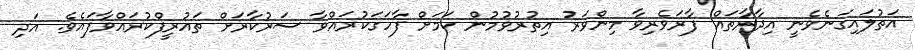
އަތުލައިގަނެވެނީ އިދާރާތައް ފާރަވެރިވާ މިންވަރު އިތުރުވުމުން ކަމަށް ފާހަގަކުރައްވާ ސަރުކާރަށް ތައުރީފްކުރައްވާފައެވެ. އަދި